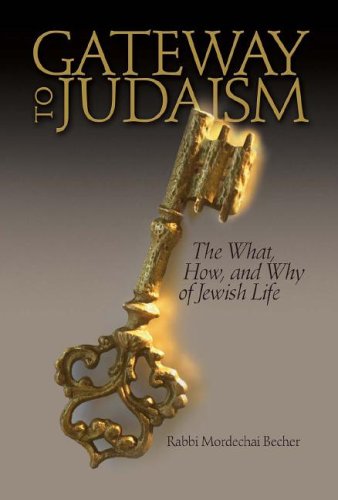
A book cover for Gateway to Judaism: The What, How, And Why of Jewish Life; Mordechai Becher; Religion & Spirituality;